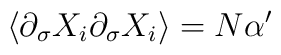
\langle  \partial_\sigma X_i\partial_\sigma X_i \rangle=N\alpha'